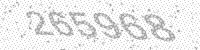
Solution: 265968